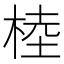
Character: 𣔭